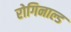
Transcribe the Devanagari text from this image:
रोगिनाल्ड